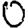
Digit: 0